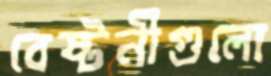
বেষ্টনীগুলো